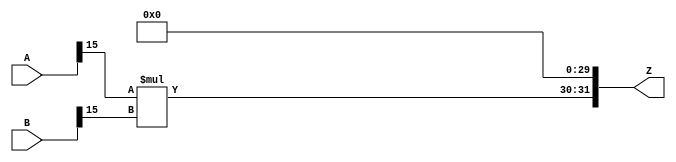
/***
* This code is a part of EvoApproxLib library (ehw.fit.vutbr.cz/approxlib) distributed under The MIT License.
* When used, please cite the following article(s): V. Mrazek, Z. Vasicek, L. Sekanina, H. Jiang and J. Han, "Scalable Construction of Approximate Multipliers With Formally Guaranteed Worst Case Error" in IEEE Transactions on Very Large Scale Integration (VLSI) Systems, vol. 26, no. 11, pp. 2572-2576, Nov. 2018. doi: 10.1109/TVLSI.2018.2856362 
* This file contains a circuit from a sub-set of pareto optimal circuits with respect to the pwr and wce parameters
***/
// MAE% = 18.75 %
// MAE = 805273600 
// WCE% = 75.00 %
// WCE = 3221094401 
// WCRE% = 100.00 %
// EP% = 100.00 %
// MRE% = 87.99 %
// MSE = 10407.645e14 
// PDK45_PWR = 0.0003 mW
// PDK45_AREA = 2.3 um2
// PDK45_DELAY = 0.04 ns



module mul16u_HGY(
	A, 
	B,
	Z
);

input [16-1:0] A;
input [16-1:0] B;
output [2*16-1:0] Z;

wire [2*(16-15)-1:0] tmpZ;
assign tmpZ = A[16-1:15] * B[16-1:15];
assign Z = {tmpZ,{30{1'b0}}};
endmodule